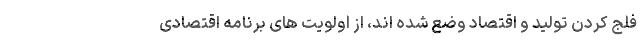
فلج کردن تولید و اقتصاد وضع شده اند، از اولویت های برنامه اقتصادی